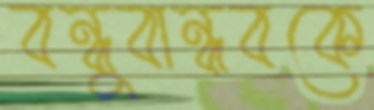
বন্ধুবান্ধবকে